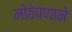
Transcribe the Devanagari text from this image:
मोठेपणाने